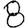
Digit: 8